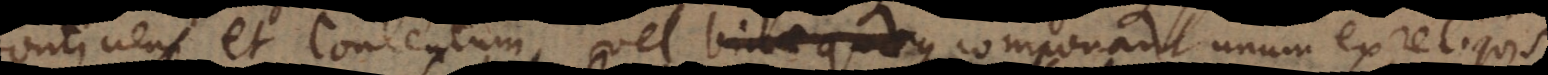
continens et contentum vel binae quaeque componant unum ex reliquis.